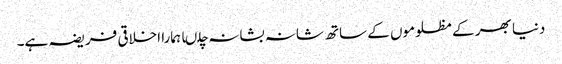
دنیا بھر کے مظلوموں کے ساتھ شانہ بشانہ چلںا ہمارا اخلاقی فریضہ ہے۔